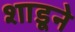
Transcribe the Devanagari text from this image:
शाडूने